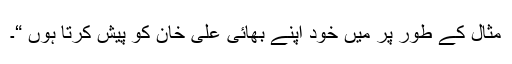
مثال کے طور پر میں خود اپنے بھائی علی خان کو پیش کرتا ہوں “۔